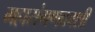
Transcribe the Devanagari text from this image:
महासंगणकाशी